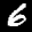
Label: 6